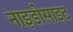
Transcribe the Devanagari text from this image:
नाइडोसाइट